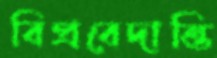
বিপ্রবেদান্তি